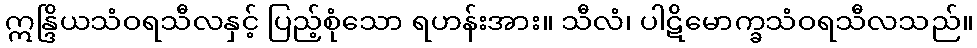
ဣန္ဒြိယသံဝရသီလနှင့် ပြည့်စုံသော ရဟန်းအား။ သီလံ၊ ပါဋိမောက္ခသံဝရသီလသည်။